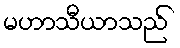
မဟာသီယာသည်